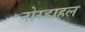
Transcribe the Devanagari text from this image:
नोरडाहल